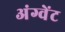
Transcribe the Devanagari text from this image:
अंग्वेंट